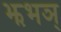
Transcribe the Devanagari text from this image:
झभञ्